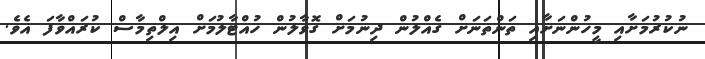
ނުކުރުމަށާއި މީހުންނަށާއި ތަންތަނަށް ގެއްލުން ދިނުމަށް ގޮވާލުން ހުއްޓާލުމަށް އިލްތިމާސް ކުރައްވާފަ އެވެ.